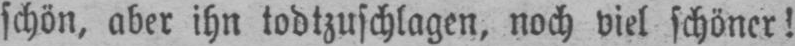
schön, aber ihn todtzuschlagen, noch viel schöner!